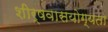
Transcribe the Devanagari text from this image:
शीर्षवासयोग्यता